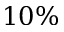
1 0 \%